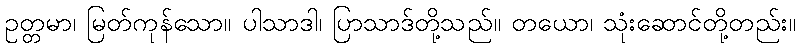
ဥတ္တမာ၊ မြတ်ကုန်သော။ ပါသာဒါ၊ ပြာသာဒ်တို့သည်။ တယော၊ သုံးဆောင်တို့တည်း။